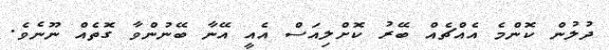
ދުލުން ކޮންމެ އެއްޗެއް ބޭރު ކޮށްލިއަސް އެއީ އޭނާ ބޭނުންވާ ގޮތެއް ނޫނެވެ.